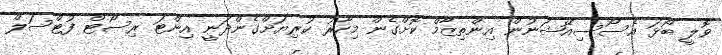
ވޮލީ ބޯޅަ އެސޯސިއޭޝަނުން އިންތިޒާމް ކޮށްގެން މިހާރު ކުރިޔަށްގެންދަނީ އިންޓަ ރިސޯޓް ފުޓްސަލް